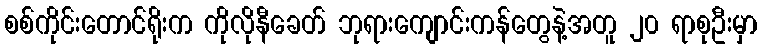
စစ်ကိုင်းတောင်ရိုးက ကိုလိုနီခေတ် ဘုရားကျောင်းကန်တွေနဲ့အတူ ၂၀ ရာစုဦးမှာ